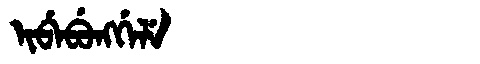
Manchu: ᡳᠪᡝᠪᡠᠩᡤᡝᠯᡝ
Romanization: IBEBUNGGELE